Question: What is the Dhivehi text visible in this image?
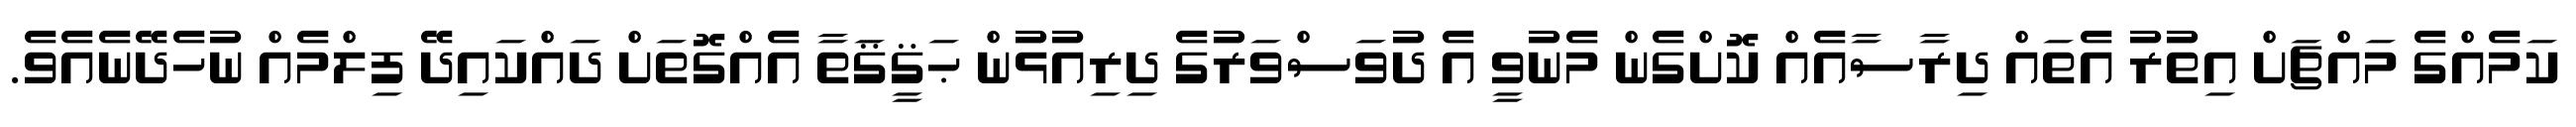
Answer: ކަމެއްގެ މައްޗަށް އިތުރު އެތައް ދިރާސާއެއް ކޮށްގެން މެނުވީ އެ ދުވަސްވަރުގެ ދިރިއުޅުން ޙަޤީޤަތާ އެއްގޮތަށް ދައްކައިދޭ ފިލްމެއް ނުހެދޭނެއެވެ.